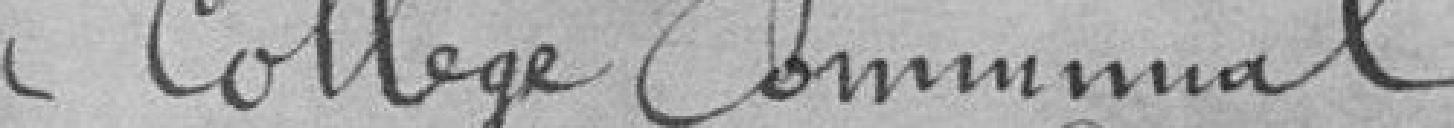
au Collège Communal